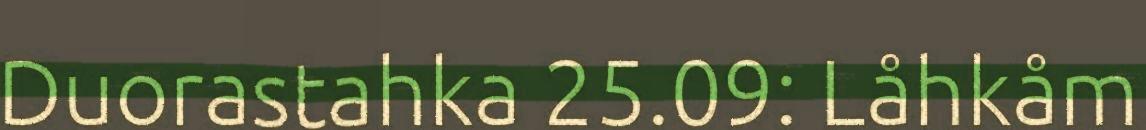
Duorastahka 25.09: Låhkåm